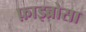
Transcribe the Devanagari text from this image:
फ़ाइब्रोसा